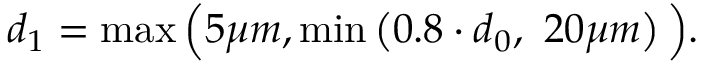
d _ { 1 } = \operatorname* { m a x } \Big ( 5 \mu m , \operatorname* { m i n } \left( 0 . 8 \cdot d _ { 0 } , \ 2 0 \mu m \right) \Big ) .